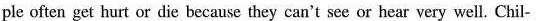
ple often get hurt or die because they can't see or hear very well. Chil-